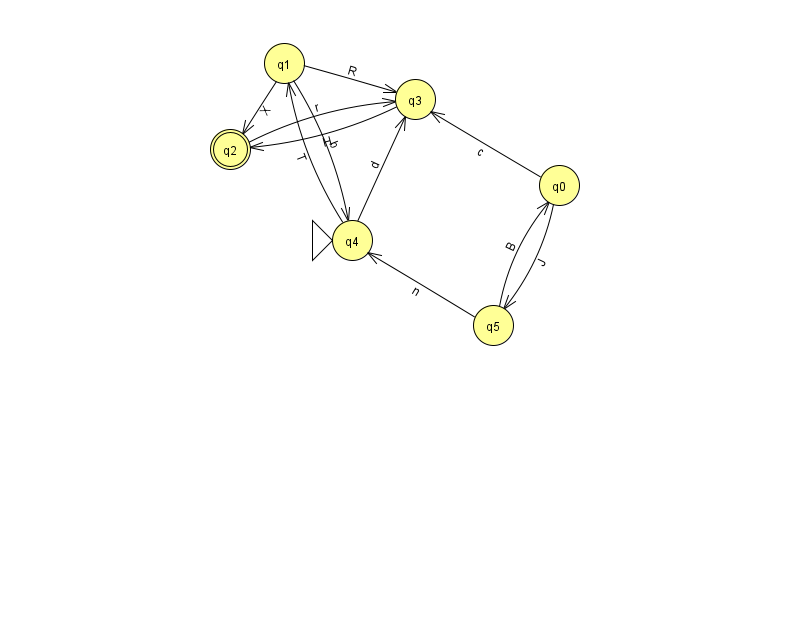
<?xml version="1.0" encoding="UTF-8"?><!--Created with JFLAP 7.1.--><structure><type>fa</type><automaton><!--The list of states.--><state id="0" name="q0"><x>559.0</x><y>172.0</y></state><state id="1" name="q1"><x>284.0</x><y>50.0</y></state><state id="2" name="q2"><x>230.0</x><y>136.0</y><final/></state><state id="3" name="q3"><x>415.0</x><y>86.0</y></state><state id="4" name="q4"><x>352.0</x><y>227.0</y><initial/></state><state id="5" name="q5"><x>493.0</x><y>312.0</y></state><!--The list of transitions.--><transition><from>1</from><to>2</to><read>X</read></transition><transition><from>0</from><to>5</to><read>J</read></transition><transition><from>0</from><to>3</to><read>c</read></transition><transition><from>1</from><to>3</to><read>R</read></transition><transition><from>3</from><to>2</to><read>H</read></transition><transition><from>4</from><to>1</to><read>T</read></transition><transition><from>5</from><to>0</to><read>B</read></transition><transition><from>5</from><to>4</to><read>n</read></transition><transition><from>2</from><to>3</to><read>r</read></transition><transition><from>1</from><to>4</to><read>b</read></transition><transition><from>4</from><to>3</to><read>d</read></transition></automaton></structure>